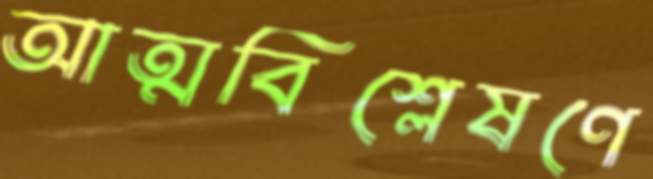
আত্মবিশ্লেষণে